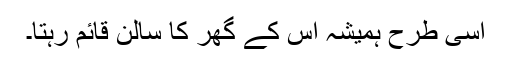
اسی طرح ہمیشہ اس کے گھر کا سالن قائم رہتا۔